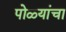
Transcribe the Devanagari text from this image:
पोळ्यांचा